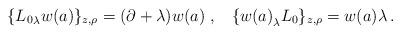
LaTeX: \begin{align*}\begin{array}{l}\displaystyle{\vphantom{\Big(}\{{L_0}_\lambda w(a)\}_{z,\rho}=(\partial+\lambda)w(a)\,\,,\,\,\,\,\,\{{w(a)}_\lambda L_0\}_{z,\rho}=w(a)\lambda\,.}\end{array}\end{align*}